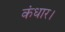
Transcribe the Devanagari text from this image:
कंधार।